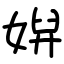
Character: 㜒